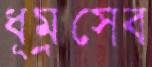
ধূম্রসেব